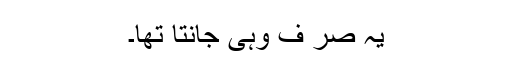
یہ صر ف وہی جانتا تھا۔